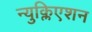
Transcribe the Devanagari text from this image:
न्युक्लिएशन